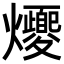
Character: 𪺈